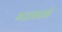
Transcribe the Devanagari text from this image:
गटागटाने